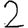
Digit: 2